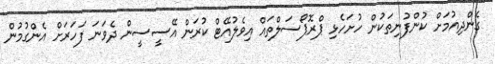
ގެންދިއުމަށް ކުންފުނިތަކުން ހުށަހެޅި ޕްރޮޕޯސަލްތައް އިވެލުއޭޓް ކުރަން އޭސީސީން ދެވަަނަ ފަހަރަށް އެންގުމުން